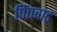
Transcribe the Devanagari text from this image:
चिंचवाड